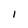
Character: I